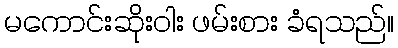
မကောင်းဆိုးဝါး ဖမ်းစား ခံရသည်။